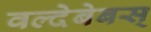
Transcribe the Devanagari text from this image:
वल्देबेबस्